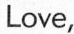
Love,